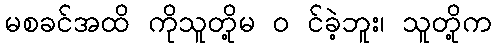
မစခင်အထိ ကိုသူတို့မ ၀ င်ခဲ့ဘူး၊ သူတို့က